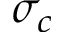
\sigma _ { c }